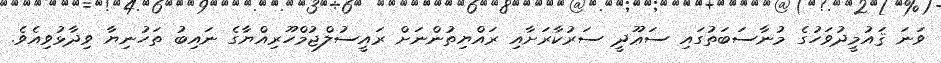
ވަނަ ޤައުމީދުވަހުގެ މުނާސަބަތުގައި ސަޢޫދީ ސަރުކާރަށާއި ރައްޔިތުންނަށް ރައީސުލްޖުމްހޫރިއްޔާގެ ނައިބު ތަހުނިޔާ ވިދާޅުވިއެވެ.